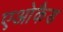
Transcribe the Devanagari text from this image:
एओकैड